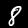
Label: 8